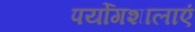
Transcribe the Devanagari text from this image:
पर्योगशालाएं